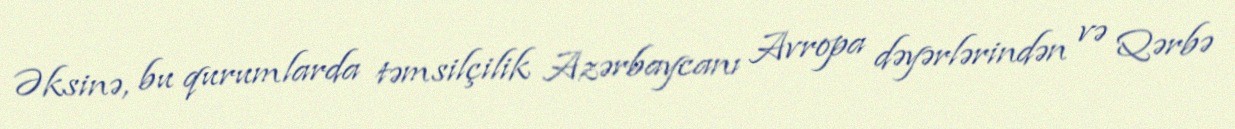
Əksinə, bu qurumlarda təmsilçilik Azərbaycanı Avropa dəyərlərindən və Qərbə